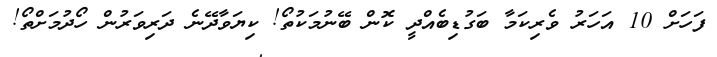
ފަހަށް 10 އަހަރު ވެރިކަމާ ބަގުޑިބެއްދީ ކޮން ބޭނުމަކުތޯ! ކިޔަވާދޭނެ ދަރިވަރުން ހޯދުމަށްތޯ!